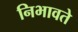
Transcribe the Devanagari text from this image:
निभावते